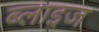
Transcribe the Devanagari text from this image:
ब्लाइज